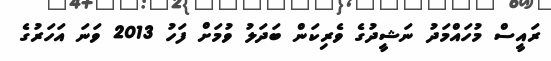
ރައީސް މުހައްމަދު ނަޝީދުގެ ވެރިކަން ބަދަލު ވުމަށް ފަހު 2013 ވަނަ އަހަރުގެ